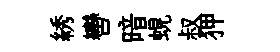
綉轡暗蜆叔狎